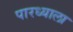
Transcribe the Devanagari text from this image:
पारध्याला